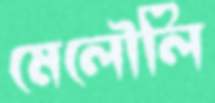
মেলৌলি